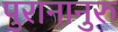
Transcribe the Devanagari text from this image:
पुरानानुरु